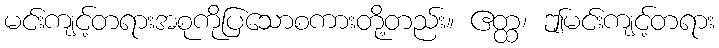
မင်းကျင့်တရားအစုကိုပြသောစကားတို့တည်း။ ဧတ္ထ၊ ဤမင်းကျင့်တရား